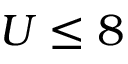
U \leq 8